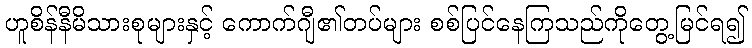
ဟူစိန်နီမိသားစုများနှင့် ကောက်ဂျီ၏တပ်များ စစ်ပြင်နေကြသည်ကိုတွေ့မြင်ရ၍